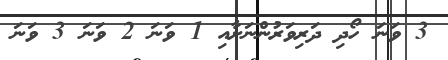
3 ވަނަ ހޯދި ދަރިވަރުންނަށާއި 1 ވަނަ 2 ވަނަ 3 ވަނަ